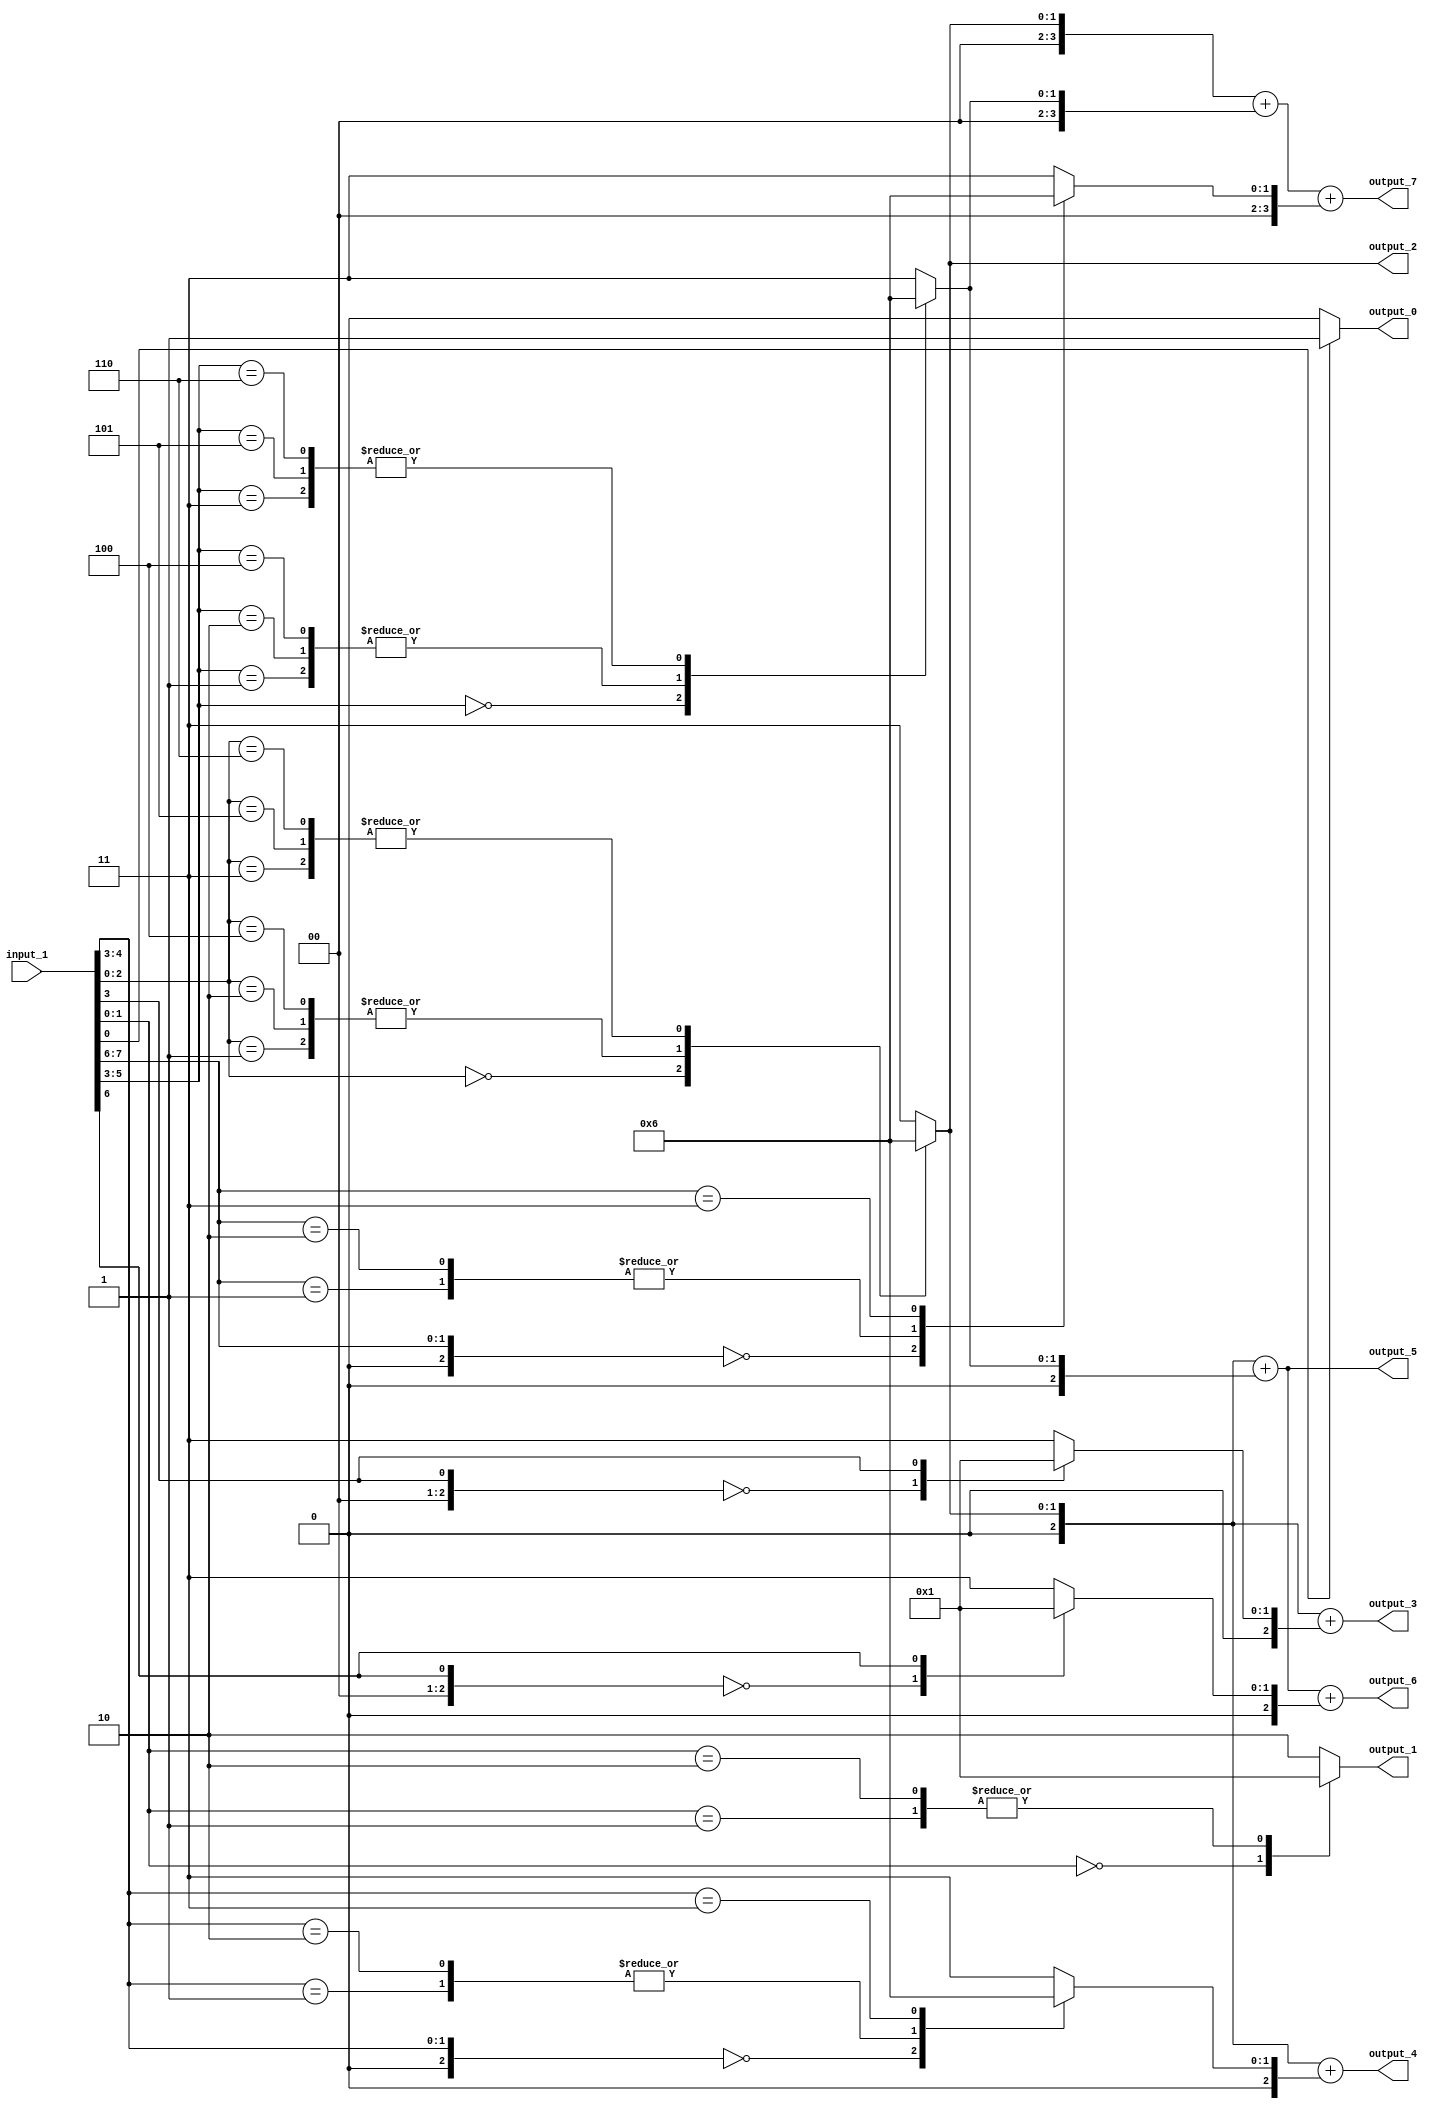
// Generator : SpinalHDL v1.4.3    git head : adf552d8f500e7419fff395b7049228e4bc5de26
// Component : unnamed
// Git hash  : adf552d8f500e7419fff395b7049228e4bc5de26



module unnamed (
  input      [7:0]    input_1,
  output     [0:0]    output_0,
  output     [1:0]    output_1,
  output     [1:0]    output_2,
  output     [2:0]    output_3,
  output     [2:0]    output_4,
  output     [2:0]    output_5,
  output     [2:0]    output_6,
  output     [3:0]    output_7
);
  reg        [0:0]    _zz_48;
  reg        [1:0]    _zz_49;
  reg        [1:0]    _zz_50;
  reg        [2:0]    _zz_51;
  reg        [2:0]    _zz_52;
  reg        [2:0]    _zz_53;
  reg        [2:0]    _zz_54;
  reg        [2:0]    _zz_55;
  reg        [2:0]    _zz_56;
  reg        [2:0]    _zz_57;
  reg        [2:0]    _zz_58;
  reg        [2:0]    _zz_59;
  reg        [3:0]    _zz_60;
  reg        [3:0]    _zz_61;
  reg        [3:0]    _zz_62;
  wire       [0:0]    _zz_63;
  wire       [2:0]    _zz_64;
  wire       [1:0]    _zz_65;
  wire       [2:0]    _zz_66;
  wire       [2:0]    _zz_67;
  wire       [0:0]    _zz_68;
  wire       [2:0]    _zz_69;
  wire       [3:0]    _zz_70;
  wire       [1:0]    _zz_71;
  wire       [2:0]    _zz_72;
  wire       [0:0]    _zz_73;
  wire       [1:0]    _zz_74;
  wire       [2:0]    _zz_75;
  wire       [2:0]    _zz_76;
  wire       [2:0]    _zz_77;
  wire       [2:0]    _zz_78;
  wire       [2:0]    _zz_79;
  wire       [2:0]    _zz_80;
  wire       [2:0]    _zz_81;
  wire       [2:0]    _zz_82;
  wire       [2:0]    _zz_83;
  wire                _zz_1;
  wire                _zz_2;
  wire                _zz_3;
  wire                _zz_4;
  wire                _zz_5;
  wire                _zz_6;
  wire                _zz_7;
  wire       [2:0]    _zz_8;
  wire       [2:0]    _zz_9;
  wire       [2:0]    _zz_10;
  wire       [2:0]    _zz_11;
  wire       [2:0]    _zz_12;
  wire       [2:0]    _zz_13;
  wire       [2:0]    _zz_14;
  wire       [2:0]    _zz_15;
  wire       [2:0]    _zz_16;
  wire       [2:0]    _zz_17;
  wire       [2:0]    _zz_18;
  wire       [2:0]    _zz_19;
  wire       [2:0]    _zz_20;
  wire       [2:0]    _zz_21;
  wire       [2:0]    _zz_22;
  wire       [2:0]    _zz_23;
  wire       [2:0]    _zz_24;
  wire       [2:0]    _zz_25;
  wire       [2:0]    _zz_26;
  wire       [2:0]    _zz_27;
  wire       [2:0]    _zz_28;
  wire       [2:0]    _zz_29;
  wire       [2:0]    _zz_30;
  wire       [2:0]    _zz_31;
  wire       [2:0]    _zz_32;
  wire       [2:0]    _zz_33;
  wire       [2:0]    _zz_34;
  wire       [2:0]    _zz_35;
  wire       [2:0]    _zz_36;
  wire       [2:0]    _zz_37;
  wire       [2:0]    _zz_38;
  wire       [2:0]    _zz_39;
  wire       [3:0]    _zz_40;
  wire       [3:0]    _zz_41;
  wire       [3:0]    _zz_42;
  wire       [3:0]    _zz_43;
  wire       [3:0]    _zz_44;
  wire       [3:0]    _zz_45;
  wire       [3:0]    _zz_46;
  wire       [3:0]    _zz_47;

  assign _zz_63 = _zz_4;
  assign _zz_64 = {2'd0, _zz_63};
  assign _zz_65 = {_zz_5,_zz_4};
  assign _zz_66 = {1'd0, _zz_65};
  assign _zz_67 = (_zz_57 + _zz_58);
  assign _zz_68 = _zz_7;
  assign _zz_69 = {2'd0, _zz_68};
  assign _zz_70 = (_zz_60 + _zz_61);
  assign _zz_71 = {input_1[7],_zz_7};
  assign _zz_72 = {1'd0, _zz_71};
  assign _zz_73 = _zz_1;
  assign _zz_74 = {_zz_2,_zz_1};
  assign _zz_75 = {_zz_3,{_zz_2,_zz_1}};
  assign _zz_76 = {_zz_3,{_zz_2,_zz_1}};
  assign _zz_77 = {_zz_3,{_zz_2,_zz_1}};
  assign _zz_78 = {_zz_3,{_zz_2,_zz_1}};
  assign _zz_79 = {_zz_6,{_zz_5,_zz_4}};
  assign _zz_80 = {_zz_3,{_zz_2,_zz_1}};
  assign _zz_81 = {_zz_6,{_zz_5,_zz_4}};
  assign _zz_82 = {_zz_3,{_zz_2,_zz_1}};
  assign _zz_83 = {_zz_6,{_zz_5,_zz_4}};
  always @(*) begin
    case(_zz_73)
      1'b0 : begin
        _zz_48 = 1'b0;
      end
      default : begin
        _zz_48 = 1'b1;
      end
    endcase
  end

  always @(*) begin
    case(_zz_74)
      2'b00 : begin
        _zz_49 = 2'b00;
      end
      2'b01 : begin
        _zz_49 = 2'b01;
      end
      2'b10 : begin
        _zz_49 = 2'b01;
      end
      default : begin
        _zz_49 = 2'b10;
      end
    endcase
  end

  always @(*) begin
    case(_zz_75)
      3'b000 : begin
        _zz_50 = 2'b00;
      end
      3'b001 : begin
        _zz_50 = 2'b01;
      end
      3'b010 : begin
        _zz_50 = 2'b01;
      end
      3'b011 : begin
        _zz_50 = 2'b10;
      end
      3'b100 : begin
        _zz_50 = 2'b01;
      end
      3'b101 : begin
        _zz_50 = 2'b10;
      end
      3'b110 : begin
        _zz_50 = 2'b10;
      end
      default : begin
        _zz_50 = 2'b11;
      end
    endcase
  end

  always @(*) begin
    case(_zz_76)
      3'b000 : begin
        _zz_51 = _zz_8;
      end
      3'b001 : begin
        _zz_51 = _zz_9;
      end
      3'b010 : begin
        _zz_51 = _zz_10;
      end
      3'b011 : begin
        _zz_51 = _zz_11;
      end
      3'b100 : begin
        _zz_51 = _zz_12;
      end
      3'b101 : begin
        _zz_51 = _zz_13;
      end
      3'b110 : begin
        _zz_51 = _zz_14;
      end
      default : begin
        _zz_51 = _zz_15;
      end
    endcase
  end

  always @(*) begin
    case(_zz_64)
      3'b000 : begin
        _zz_52 = _zz_8;
      end
      3'b001 : begin
        _zz_52 = _zz_9;
      end
      3'b010 : begin
        _zz_52 = _zz_10;
      end
      3'b011 : begin
        _zz_52 = _zz_11;
      end
      3'b100 : begin
        _zz_52 = _zz_12;
      end
      3'b101 : begin
        _zz_52 = _zz_13;
      end
      3'b110 : begin
        _zz_52 = _zz_14;
      end
      default : begin
        _zz_52 = _zz_15;
      end
    endcase
  end

  always @(*) begin
    case(_zz_77)
      3'b000 : begin
        _zz_53 = _zz_16;
      end
      3'b001 : begin
        _zz_53 = _zz_17;
      end
      3'b010 : begin
        _zz_53 = _zz_18;
      end
      3'b011 : begin
        _zz_53 = _zz_19;
      end
      3'b100 : begin
        _zz_53 = _zz_20;
      end
      3'b101 : begin
        _zz_53 = _zz_21;
      end
      3'b110 : begin
        _zz_53 = _zz_22;
      end
      default : begin
        _zz_53 = _zz_23;
      end
    endcase
  end

  always @(*) begin
    case(_zz_66)
      3'b000 : begin
        _zz_54 = _zz_16;
      end
      3'b001 : begin
        _zz_54 = _zz_17;
      end
      3'b010 : begin
        _zz_54 = _zz_18;
      end
      3'b011 : begin
        _zz_54 = _zz_19;
      end
      3'b100 : begin
        _zz_54 = _zz_20;
      end
      3'b101 : begin
        _zz_54 = _zz_21;
      end
      3'b110 : begin
        _zz_54 = _zz_22;
      end
      default : begin
        _zz_54 = _zz_23;
      end
    endcase
  end

  always @(*) begin
    case(_zz_78)
      3'b000 : begin
        _zz_55 = _zz_24;
      end
      3'b001 : begin
        _zz_55 = _zz_25;
      end
      3'b010 : begin
        _zz_55 = _zz_26;
      end
      3'b011 : begin
        _zz_55 = _zz_27;
      end
      3'b100 : begin
        _zz_55 = _zz_28;
      end
      3'b101 : begin
        _zz_55 = _zz_29;
      end
      3'b110 : begin
        _zz_55 = _zz_30;
      end
      default : begin
        _zz_55 = _zz_31;
      end
    endcase
  end

  always @(*) begin
    case(_zz_79)
      3'b000 : begin
        _zz_56 = _zz_24;
      end
      3'b001 : begin
        _zz_56 = _zz_25;
      end
      3'b010 : begin
        _zz_56 = _zz_26;
      end
      3'b011 : begin
        _zz_56 = _zz_27;
      end
      3'b100 : begin
        _zz_56 = _zz_28;
      end
      3'b101 : begin
        _zz_56 = _zz_29;
      end
      3'b110 : begin
        _zz_56 = _zz_30;
      end
      default : begin
        _zz_56 = _zz_31;
      end
    endcase
  end

  always @(*) begin
    case(_zz_80)
      3'b000 : begin
        _zz_57 = _zz_32;
      end
      3'b001 : begin
        _zz_57 = _zz_33;
      end
      3'b010 : begin
        _zz_57 = _zz_34;
      end
      3'b011 : begin
        _zz_57 = _zz_35;
      end
      3'b100 : begin
        _zz_57 = _zz_36;
      end
      3'b101 : begin
        _zz_57 = _zz_37;
      end
      3'b110 : begin
        _zz_57 = _zz_38;
      end
      default : begin
        _zz_57 = _zz_39;
      end
    endcase
  end

  always @(*) begin
    case(_zz_81)
      3'b000 : begin
        _zz_58 = _zz_32;
      end
      3'b001 : begin
        _zz_58 = _zz_33;
      end
      3'b010 : begin
        _zz_58 = _zz_34;
      end
      3'b011 : begin
        _zz_58 = _zz_35;
      end
      3'b100 : begin
        _zz_58 = _zz_36;
      end
      3'b101 : begin
        _zz_58 = _zz_37;
      end
      3'b110 : begin
        _zz_58 = _zz_38;
      end
      default : begin
        _zz_58 = _zz_39;
      end
    endcase
  end

  always @(*) begin
    case(_zz_69)
      3'b000 : begin
        _zz_59 = _zz_32;
      end
      3'b001 : begin
        _zz_59 = _zz_33;
      end
      3'b010 : begin
        _zz_59 = _zz_34;
      end
      3'b011 : begin
        _zz_59 = _zz_35;
      end
      3'b100 : begin
        _zz_59 = _zz_36;
      end
      3'b101 : begin
        _zz_59 = _zz_37;
      end
      3'b110 : begin
        _zz_59 = _zz_38;
      end
      default : begin
        _zz_59 = _zz_39;
      end
    endcase
  end

  always @(*) begin
    case(_zz_82)
      3'b000 : begin
        _zz_60 = _zz_40;
      end
      3'b001 : begin
        _zz_60 = _zz_41;
      end
      3'b010 : begin
        _zz_60 = _zz_42;
      end
      3'b011 : begin
        _zz_60 = _zz_43;
      end
      3'b100 : begin
        _zz_60 = _zz_44;
      end
      3'b101 : begin
        _zz_60 = _zz_45;
      end
      3'b110 : begin
        _zz_60 = _zz_46;
      end
      default : begin
        _zz_60 = _zz_47;
      end
    endcase
  end

  always @(*) begin
    case(_zz_83)
      3'b000 : begin
        _zz_61 = _zz_40;
      end
      3'b001 : begin
        _zz_61 = _zz_41;
      end
      3'b010 : begin
        _zz_61 = _zz_42;
      end
      3'b011 : begin
        _zz_61 = _zz_43;
      end
      3'b100 : begin
        _zz_61 = _zz_44;
      end
      3'b101 : begin
        _zz_61 = _zz_45;
      end
      3'b110 : begin
        _zz_61 = _zz_46;
      end
      default : begin
        _zz_61 = _zz_47;
      end
    endcase
  end

  always @(*) begin
    case(_zz_72)
      3'b000 : begin
        _zz_62 = _zz_40;
      end
      3'b001 : begin
        _zz_62 = _zz_41;
      end
      3'b010 : begin
        _zz_62 = _zz_42;
      end
      3'b011 : begin
        _zz_62 = _zz_43;
      end
      3'b100 : begin
        _zz_62 = _zz_44;
      end
      3'b101 : begin
        _zz_62 = _zz_45;
      end
      3'b110 : begin
        _zz_62 = _zz_46;
      end
      default : begin
        _zz_62 = _zz_47;
      end
    endcase
  end

  assign _zz_1 = input_1[0];
  assign _zz_2 = input_1[1];
  assign _zz_3 = input_1[2];
  assign _zz_4 = input_1[3];
  assign _zz_5 = input_1[4];
  assign _zz_6 = input_1[5];
  assign _zz_7 = input_1[6];
  assign output_0 = _zz_48;
  assign output_1 = _zz_49;
  assign output_2 = _zz_50;
  assign _zz_8 = 3'b000;
  assign _zz_9 = 3'b001;
  assign _zz_10 = 3'b001;
  assign _zz_11 = 3'b010;
  assign _zz_12 = 3'b001;
  assign _zz_13 = 3'b010;
  assign _zz_14 = 3'b010;
  assign _zz_15 = 3'b011;
  assign output_3 = (_zz_51 + _zz_52);
  assign _zz_16 = 3'b000;
  assign _zz_17 = 3'b001;
  assign _zz_18 = 3'b001;
  assign _zz_19 = 3'b010;
  assign _zz_20 = 3'b001;
  assign _zz_21 = 3'b010;
  assign _zz_22 = 3'b010;
  assign _zz_23 = 3'b011;
  assign output_4 = (_zz_53 + _zz_54);
  assign _zz_24 = 3'b000;
  assign _zz_25 = 3'b001;
  assign _zz_26 = 3'b001;
  assign _zz_27 = 3'b010;
  assign _zz_28 = 3'b001;
  assign _zz_29 = 3'b010;
  assign _zz_30 = 3'b010;
  assign _zz_31 = 3'b011;
  assign output_5 = (_zz_55 + _zz_56);
  assign _zz_32 = 3'b000;
  assign _zz_33 = 3'b001;
  assign _zz_34 = 3'b001;
  assign _zz_35 = 3'b010;
  assign _zz_36 = 3'b001;
  assign _zz_37 = 3'b010;
  assign _zz_38 = 3'b010;
  assign _zz_39 = 3'b011;
  assign output_6 = (_zz_67 + _zz_59);
  assign _zz_40 = 4'b0000;
  assign _zz_41 = 4'b0001;
  assign _zz_42 = 4'b0001;
  assign _zz_43 = 4'b0010;
  assign _zz_44 = 4'b0001;
  assign _zz_45 = 4'b0010;
  assign _zz_46 = 4'b0010;
  assign _zz_47 = 4'b0011;
  assign output_7 = (_zz_70 + _zz_62);

endmodule